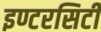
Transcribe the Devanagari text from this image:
इण्टरसिटी